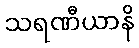
သရဏီယာနိ